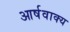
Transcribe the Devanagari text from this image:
आर्षवाक्य